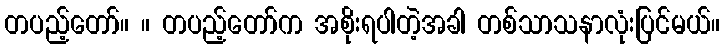
တပည့်တော်။ ။ တပည့်တော်က အစိုးရပါတဲ့အခါ တစ်သာသနာလုံးပြင်မယ်။